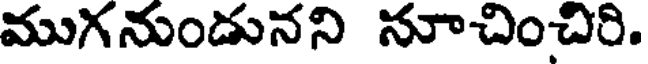
ముగనుండునని నూచించిరి.